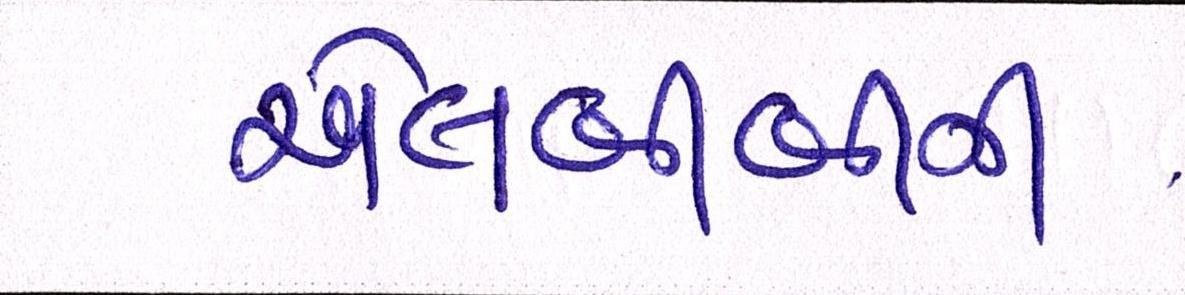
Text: એલસીબીની